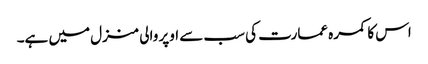
اس کا کمرہ عمارت کی سب سے اوپر والی منزل میں ہے۔